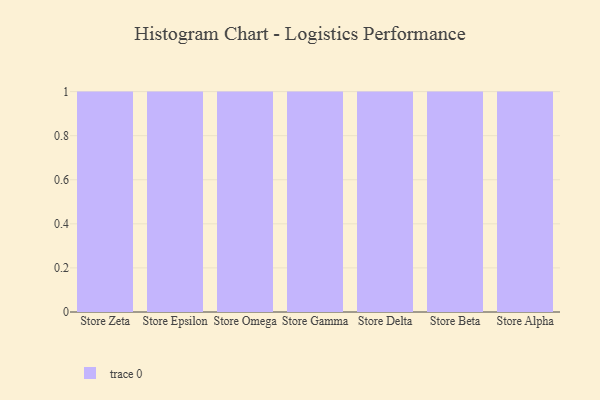
{"axis": {"x": "Store", "y": "Tickets Resolved"}, "legend": [""], "data": [{"x": "Store Zeta", "y": 88, "type": ""}, {"x": "Store Epsilon", "y": 70, "type": ""}, {"x": "Store Omega", "y": 58, "type": ""}, {"x": "Store Gamma", "y": 28, "type": ""}, {"x": "Store Delta", "y": 92, "type": ""}, {"x": "Store Beta", "y": 44, "type": ""}, {"x": "Store Alpha", "y": 40, "type": ""}]}